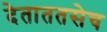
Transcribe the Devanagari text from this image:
देताततसेच